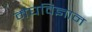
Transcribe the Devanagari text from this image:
मेघविज्ञान